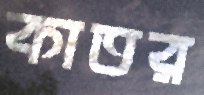
কাতর